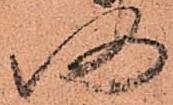
仍